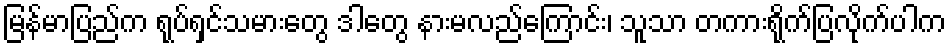
မြန်မာပြည်က ရုပ်ရှင်သမားတွေ ဒါတွေ နားမလည်ကြောင်း၊ သူသာ တကားရိုက်ပြလိုက်ပါက